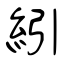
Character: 紖